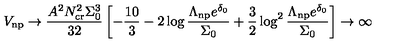
V _ { \mathrm { n p } } \rightarrow \frac { A ^ { 2 } N _ { \mathrm { c r } } ^ { 2 } \Sigma _ { 0 } ^ { 3 } } { 3 2 } \left[ - { \frac { 1 0 } { 3 } } - 2 \log \frac { \Lambda _ { \mathrm { n p } } e ^ { \delta _ { 0 } } } { \Sigma _ { 0 } } + { \frac { 3 } { 2 } } \log ^ { 2 } \frac { \Lambda _ { \mathrm { n p } } e ^ { \delta _ { 0 } } } { \Sigma _ { 0 } } \right] \rightarrow \infty